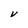
Character: V